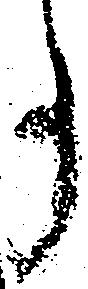
事